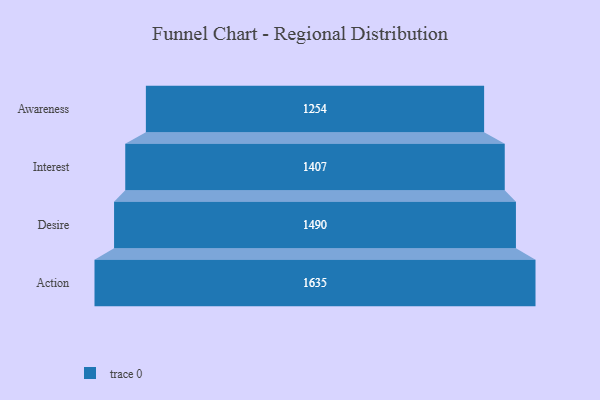
{"axis": {"x": "Stage", "y": "Value"}, "legend": [""], "data": [{"x": "Awareness", "y": 1254.0, "type": ""}, {"x": "Interest", "y": 1407.0, "type": ""}, {"x": "Desire", "y": 1490.0, "type": ""}, {"x": "Action", "y": 1635.0, "type": ""}]}